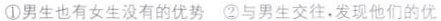
①男生也有女生没有的优势 ②与男生交往，发现他们的优